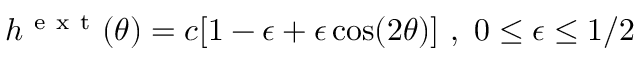
h ^ { \mathrm { ~ e ~ x ~ t ~ } } ( \theta ) = c [ 1 - \epsilon + \epsilon \cos ( 2 \theta ) ] \ , \ 0 \leq \epsilon \leq 1 / 2